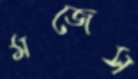
মজেস